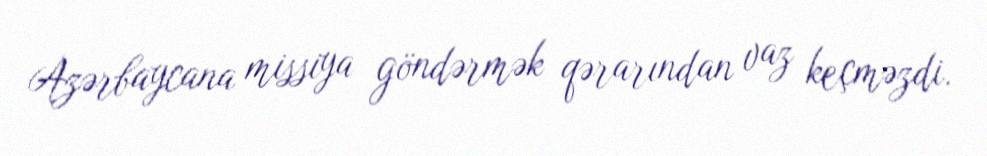
Azərbaycana missiya göndərmək qərarından vaz keçməzdi.